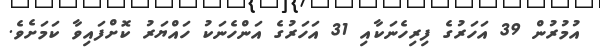
އުމުރުން 39 އަހަރުގެ ފިރިހެނަކާއި 31 އަހަރުގެ އަންހެނަކު ހައްޔަރު ކޮށްފައިވާ ކަމަށެވެ.